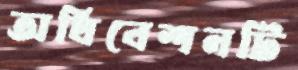
অধিবেশনটি